Sketch of the medical history of the native army of Bombay, for the year
Year: 1876
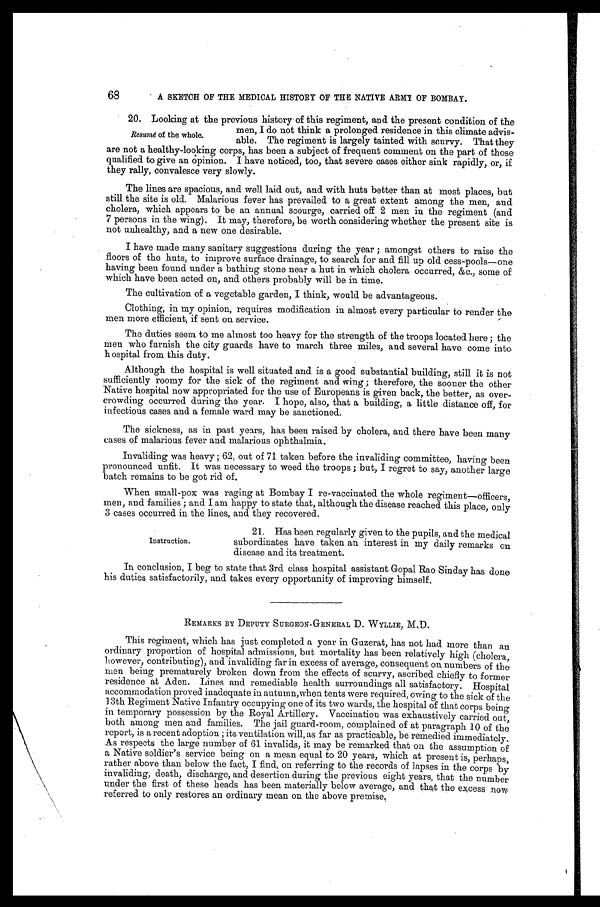
68
A SKETCH OF THE MEDICAL HISTORY OF THE NATIVE ARMY OF BOMBAY.
20. Looking at the previous history of this regiment, and the present condition of the
men, I do not think a prolonged residence in this climate advis
-
able. The regiment is largely tainted with scurvy. That they
are not a healthy-looking corps, has been a subject of frequent comment on the part of those
qualified to give an opinion. I have noticed, too, that severe cases either sink rapidly, or, if
they rally, convalesce very slowly.
The lines are spacious, and well laid out, and. with huts better than at most places, but
still the site is old. Malarious fever has prevailed. to a great extent among the men, and
cholera, which appears to be an annual scourge, carried. off 2 men in the regiment (and
7 persons in the wing). It may, therefore, be worth considering whether the present site is
not unhealthy, and a new one desirable.
I have made many sanitary suggestions during the year; amongst others to raise the
floors of the huts, to improve surface drainage, to search for and fill up old cess-pools—one
having been found under a bathing stone near a hut in which cholera occurred, &c., some of
which have been acted on, and others probably will be in time.
The cultivation of a vegetable garden, I think, would be advantageous.
Clothing, in my opinion, requires modification in almost every particular to render the
men more efficient, if sent on service.
The duties seem to me almost too heavy for the strength of the troops located here; the
men who furnish the city guards have to march three miles, and several have come into
hospital from this duty.
Although the hospital is well situated and is a good substantial building, still it is not
sufficiently roomy for the sick of the regiment and wing; therefore, the sooner the other
Native hospital now appropriated for the use of Europeans is given back, the better, as over
-
crowding occurred during the year. I hope, also, that a building, a little distance off, for
infectious cases and a female ward may be sanctioned.
The sickness, as in past years, has been raised by cholera, and there have been many
cases of malarious fever and malarious ophthalmia.
Invaliding was heavy; 62, out of 71 taken before the invaliding committee, having been
pronounced unfit. It was necessary to weed the troops; but, I regret to say, another large
batch remains to be got rid of.
When small-pox was raging at Bombay I re-vaccinated the whole regiment—officers,
men, and families; and I am happy to state that, although the disease reached this place, only
3 cases occurred in the lines, and they recovered.
Resumé of the whole.
Instruction.
21. Has been regularly given to the pupils, and the medical
subordinates have taken an interest in my daily remarks on
disease and its treatment.
In conclusion, I beg to state that 3rd class hospital assistant Gopal Rao Sinday has done
his duties satisfactorily, and takes every opportunity of improving himself.
REMARKS BY DEPUTY SURGEON-GENERAL D. WYLLIE, M.D.
This regiment, which has just completed a year in Guzerat, has not had more than an
ordinary proportion of hospital admissions, but mortality has been relatively high (cholera,
however, contributing), and invaliding far in excess of average, consequent on numbers of the
men being prematurely broken down from the effects of scurvy, ascribed chiefly to former
residence at Aden. Lines and remediable health surroundings all satisfactory. Hospital
accommodation proved inadequate in autumn, when tents were required, owing to the sick of the
13th Regiment Native Infantry occupying one of its two wards, the hospital of that corps being
in temporary possession by the Royal Artillery. Vaccination was exhaustively carried out,
both among men and families. The jail guard-room, complained of at paragraph 10 of the
report, is a recent adoption; its ventilation will, as far as practicable, be remedied immediately.
As respects the large number of 61 invalids, it may be remarked that on the assumption of
a Native soldier's service being on a mean equal to 20 years, which at present is, perhaps,
rather above than below the fact, I find, on referring to the records of lapses in the corps by
i nval i di ng, deat h, di scharge, and desert i on duri ng t he previ ous ei ght years, t hat t he number
under the first of these heads has been materially below average, and that the excess now
referred. to only restores an ordinary mean on the above premise.